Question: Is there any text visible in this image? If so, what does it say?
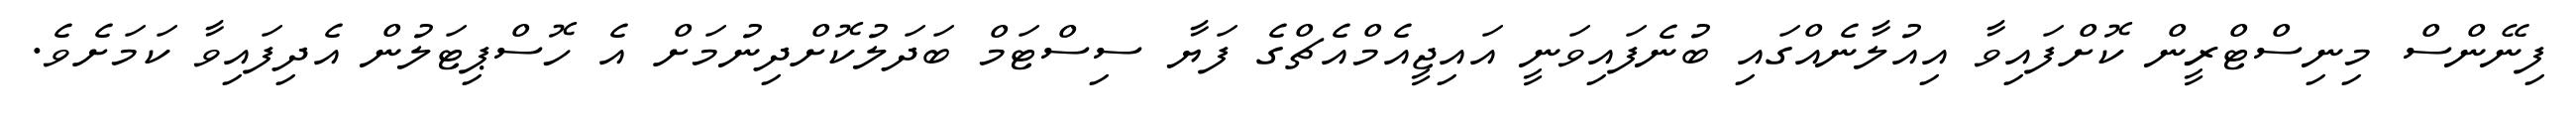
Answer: ފިނޭންސް މިނިސްޓްރީން ކޮށްފައިވާ އިއުލާނެއްގައި ބުނެފައިވަނީ އައިޖީއެމްއެޗްގެ ފަޔާ ސިސްޓަމް ބަދަލުކޮށްދިނުމަށް އެ ހޮސްޕިޓަލުން އެދިފައިވާ ކަމަށެވެ.